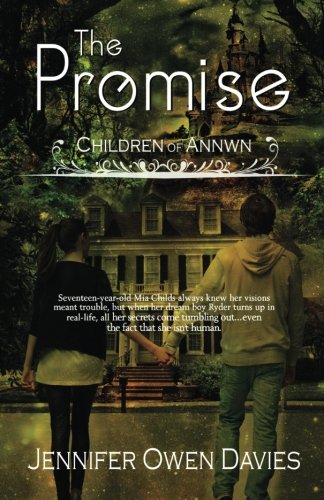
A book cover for Children of Annwn:The Promise (Volume 1); Mrs Jennifer Owen Davies; Science Fiction & Fantasy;